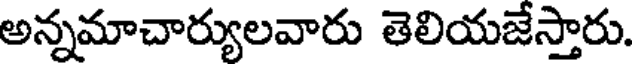
అన్నమాచార్యులవారు తెలియజేస్తారు.